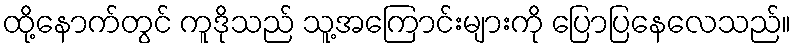
ထို့နောက်တွင် ကူဒိုသည် သူ့အကြောင်းများကို ပြောပြနေလေသည်။